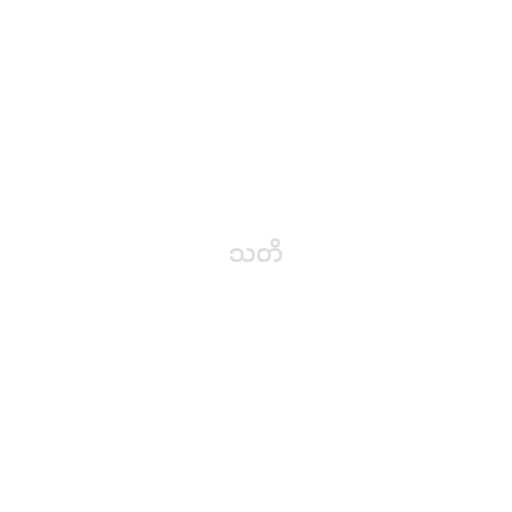
သတိ